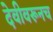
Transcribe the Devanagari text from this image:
देवीवरूनच